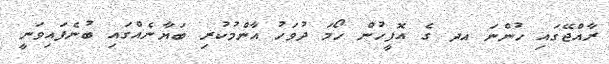
ރާއްޖޭގައި ހުންނަ އދ ގެ އޮފީހުން ހޯމަ ދުވަހު އާންމުކުރި ބަޔާނެއްގައި ބުނެފައިވަނީ